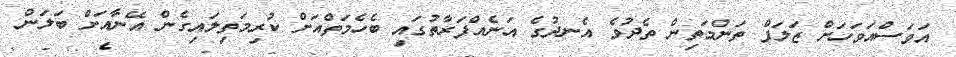
އަވަސްއަވަހަށް ޒަލަފް ތަންމަތިން ތެދުވެ އެނދުގެ އަނެއްފަރާތުގައި ބެހެމަތްއަށް ކުރިމަތިލައިގެން އޭނާއަށް ބަލަން